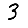
Digit: 3